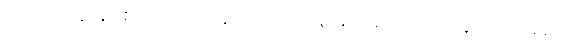
ကြင်ကြင်နာနာ စကားပြောနေရင်း ဖျတ်ခနဲ မသိမသာ ကြည့်ချင်ကြည့်မည်။